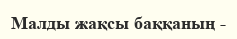
Малды жақсы баққаның -